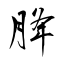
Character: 胮